Report of the Indian Hemp Drugs Commission, 1894-1895 - Volume IV
Year: 1894
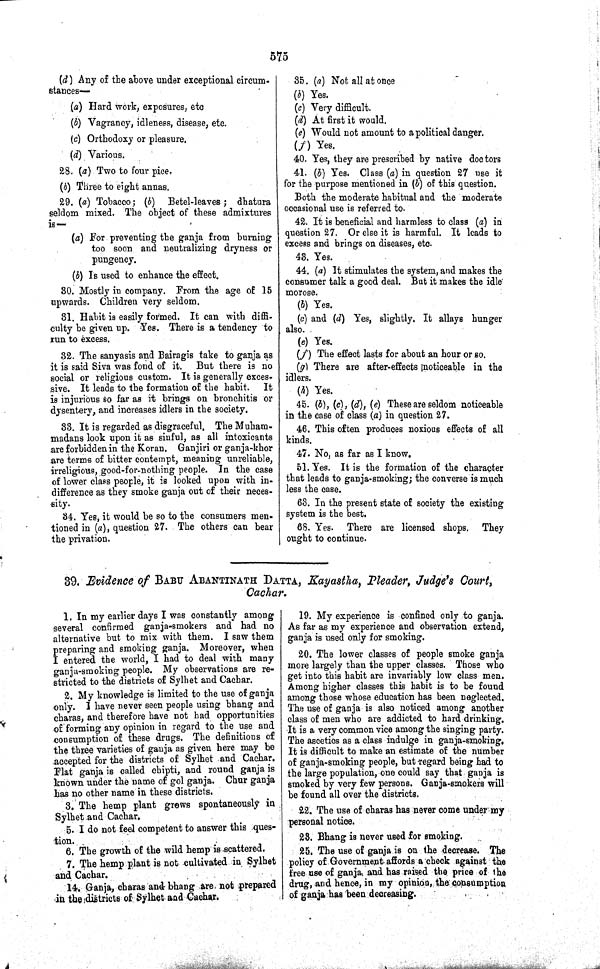
575
(d) Any of the above under exceptional circum-
stances—
(a) Hard work, exposures, etc
(b) Vagrancy, idleness, disease, etc.
(c) Orthodoxy or pleasure.
(d) Various.
28. (a) Two to four pice.
(b) Three to eight annas.
29. (a) Tobacco; (b) Betel-leaves; dhatura
seldom mixed. The object of these admixtures
is—
(a) For preventing the ganja from burning
too soon and neutralizing dryness or
pungency.
(b) Is used to enhance the effect.
30. Mostly in company. From the age of 15
upwards. Children very seldom.
31. Habit is easily formed. It can with diffi-
culty be given up. Yes. There is a tendency to
run to excess.
32. The sanyasis and Bairagis take to ganja as
it is said Siva was fond of it. But there is no
social or religious custom. It is generally exces-
sive. It leads to the formation of the habit.
It
is injurious so far as it brings on bronchitis or
dysentery, and increases idlers in the society.
33. It is regarded as disgraceful. The Muham-
madans look upon it as sinful, as all intoxicants
are forbidden in the Koran. Ganjiri or ganja-khor
are terms of bitter contempt, meaning unreliable,
irreligious, good-for-nothing people. In the case
of lower class people, it is looked upon with in-
difference as they smoke ganja out of their neces-
sity.
34. Yes, it would be so to the consumers men-
tioned in (a), question 27. The others can bear
the privation.
35. (a) Not all at once
(b) Yes.
(c) Very difficult.
(d) At first it would.
(e) Would not amount to a political danger.
(f) Yes.
40. Yes, they are prescribed by native doctors
41. (b) Yes. Class (a) in question 27 use it
for the purpose mentioned in (b) of this question.
Both the moderate habitual and the moderate
occasional use is referred to.
42. It is beneficial and harmless to class (a) in
question 27. Or else it is harmful. It leads to
excess and brings on diseases, etc.
43. Yes.
44. (a) It stimulates the system, and makes the
consumer talk a good deal. But it makes the idle
morose.
(b) Yes.
(c) and (d) Yes, slightly. It allays hunger
also.
(e) Yes.
(f) The effect lasts for about an hour or so.
(g) There are after-effects noticeable in the
idlers.
(h) Yes.
45. (b), (c), (d), (e) These are seldom noticeable
in the case of class (a) in question 27.
46. This often produces noxious effects of all
kinds.
47. No, as far as I know.
51. Yes. It is the formation of the character
that leads to ganja-smoking; the converse is much
less the case.
63. In the present state of society the existing
system is the best.
68. Yes. There are licensed shops. They
ought to continue.
39. Evidence of BABU ABANTINATH DATTA, Kayastha, Pleader, Judge's Court,
Cachar.
1. In my earlier days I was constantly among
several confirmed ganja-smokers and had no
alternative but to mix with them. I saw them
preparing and smoking ganja. Moreover, when
I entered the world, I had to deal with many
ganja-smoking people. My observations are re-
stricted to the districts of Sylhet and Cachar.
2. My knowledge is limited to the use of ganja
only. I have never seen people using bhang and
charas, and therefore have not had opportunities
of forming any opinion in regard to the use and
consumption of these drugs. The definitions of
the three varieties of ganja as given here may be
accepted for the districts of Sylhet and Cachar.
Flat ganja is called chipti, and round ganja is
known under the name of gol ganja. Chur ganja
has no other name in these districts.
3. The hemp plant grows spontaneously in
Sylhet and Cachar.
5. I do not feel competent to answer this ques-
tion.
6. The growth of the wild hemp is scattered.
7. The hemp plant is not cultivated in Sylhet
and Cachar.
14. Ganja, charas and bhang are not prepared
in the districts of Sylhet and Cachar.
19. My experience is confined only to ganja.
As far as my experience and observation extend,
ganja is used only for smoking.
20. The lower classes of people smoke ganja
more largely than the upper classes. Those who
get into this habit are invariably low class men.
Among higher classes this habit is to be found
among those whose education has been neglected.
The use of ganja is also noticed among another
class of men who are addicted to hard drinking.
It is a very common vice among the singing party.
The ascetics as a class indulge in ganja-smoking.
It is difficult to make an estimate of the number
of ganja-smoking people, but regard being had to
the large population, one could say that ganja is
smoked by very few persons. Ganja-smokers will
be found all over the districts.
22. The use of charas has never come under my
personal notice.
23. Bhang is never used for smoking.
25. The use of ganja is on the decrease. The
policy of Government affords a check against the
free use of ganja and has raised the price of the
drug, and hence, in my opinion, the consumption
of ganja has been decreasing.